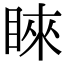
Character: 睞